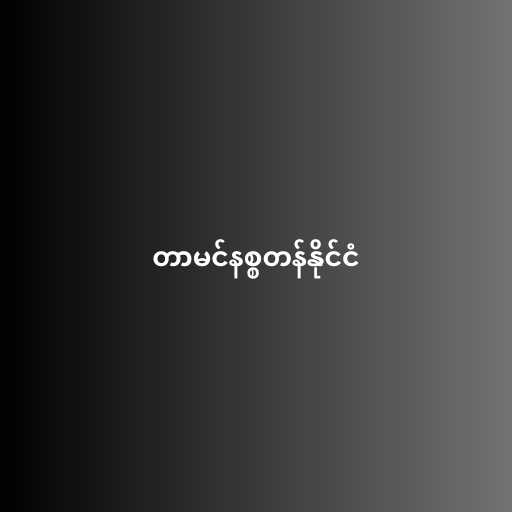
တာမင်နစ္စတန်နိုင်ငံ